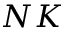
N K